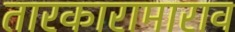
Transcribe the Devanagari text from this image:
तारकारामाराव